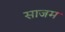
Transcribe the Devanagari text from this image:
साजम